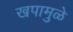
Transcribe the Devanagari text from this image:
खपामुळे